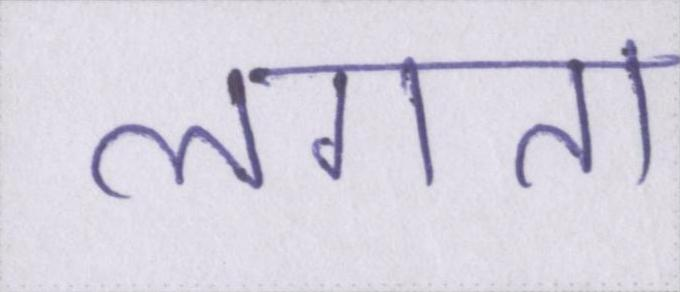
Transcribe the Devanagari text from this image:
लगता